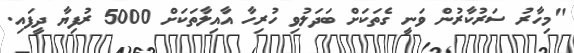
"މިހާރު ސަރުކާރުން ވަނީ ގެތަކަށް ބަދަލުވި ހުރިހާ އާއިލާތަކަށް 5000 ރުފިޔާ ދީފައި.